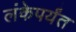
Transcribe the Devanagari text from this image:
लंकेपर्यंत